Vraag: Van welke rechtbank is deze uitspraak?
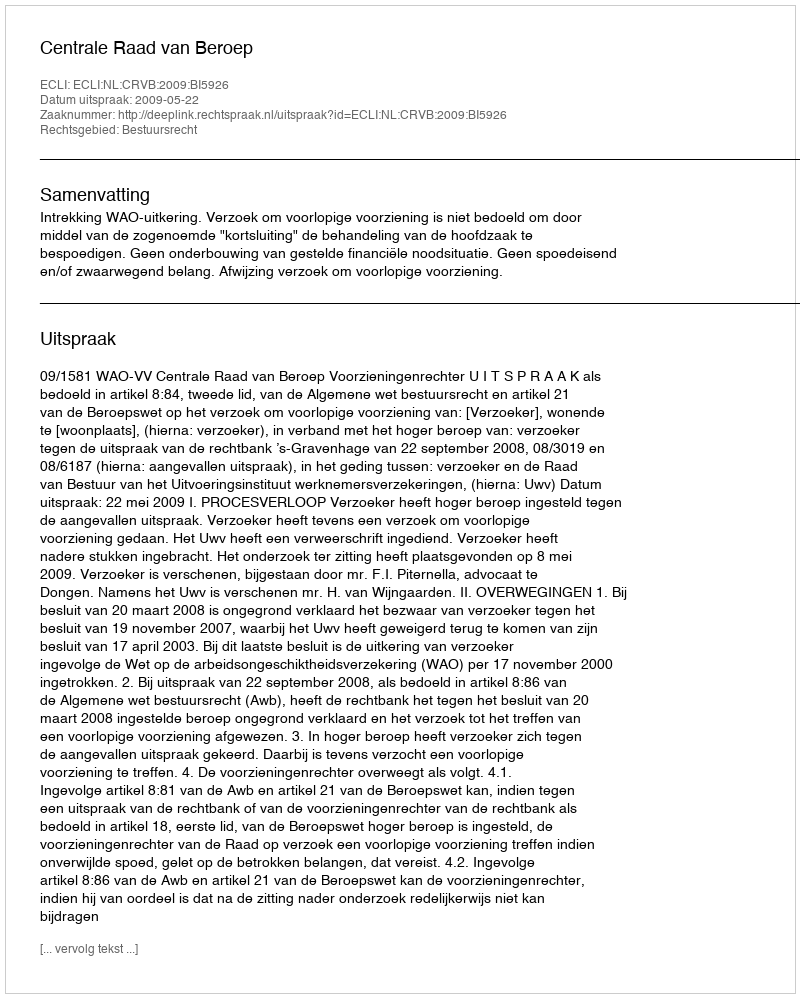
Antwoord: Centrale Raad van Beroep